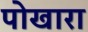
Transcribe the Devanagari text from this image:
पोखारा